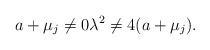
LaTeX: \begin{align*}a+\mu_j\not =0 \lambda^2\not = 4(a+\mu_j).\end{align*}